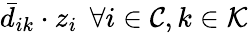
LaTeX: \bar{d}_{ik}\cdot z_{i}\: \: \forall i\in\mathcal{C},k\in\mathcal{K}